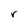
Character: r